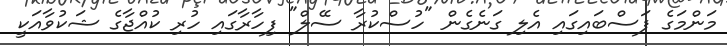
މަންމަގެ ފަސްބައިގައި އެލި ގަނެގެން "ހުސްކުރާ ސޭލް" ފިހާރާގައި ހުރި ކުއްޖާގެ ޝަކުވާއަކީ